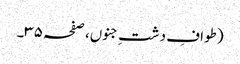
(طوافِ دشتِ جنوں، صفحہ ۳۵۔